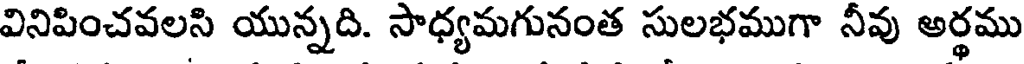
వినిపించవలసి యున్నది. సాధ్యమగునంత సులభముగా నీవు అర్థము